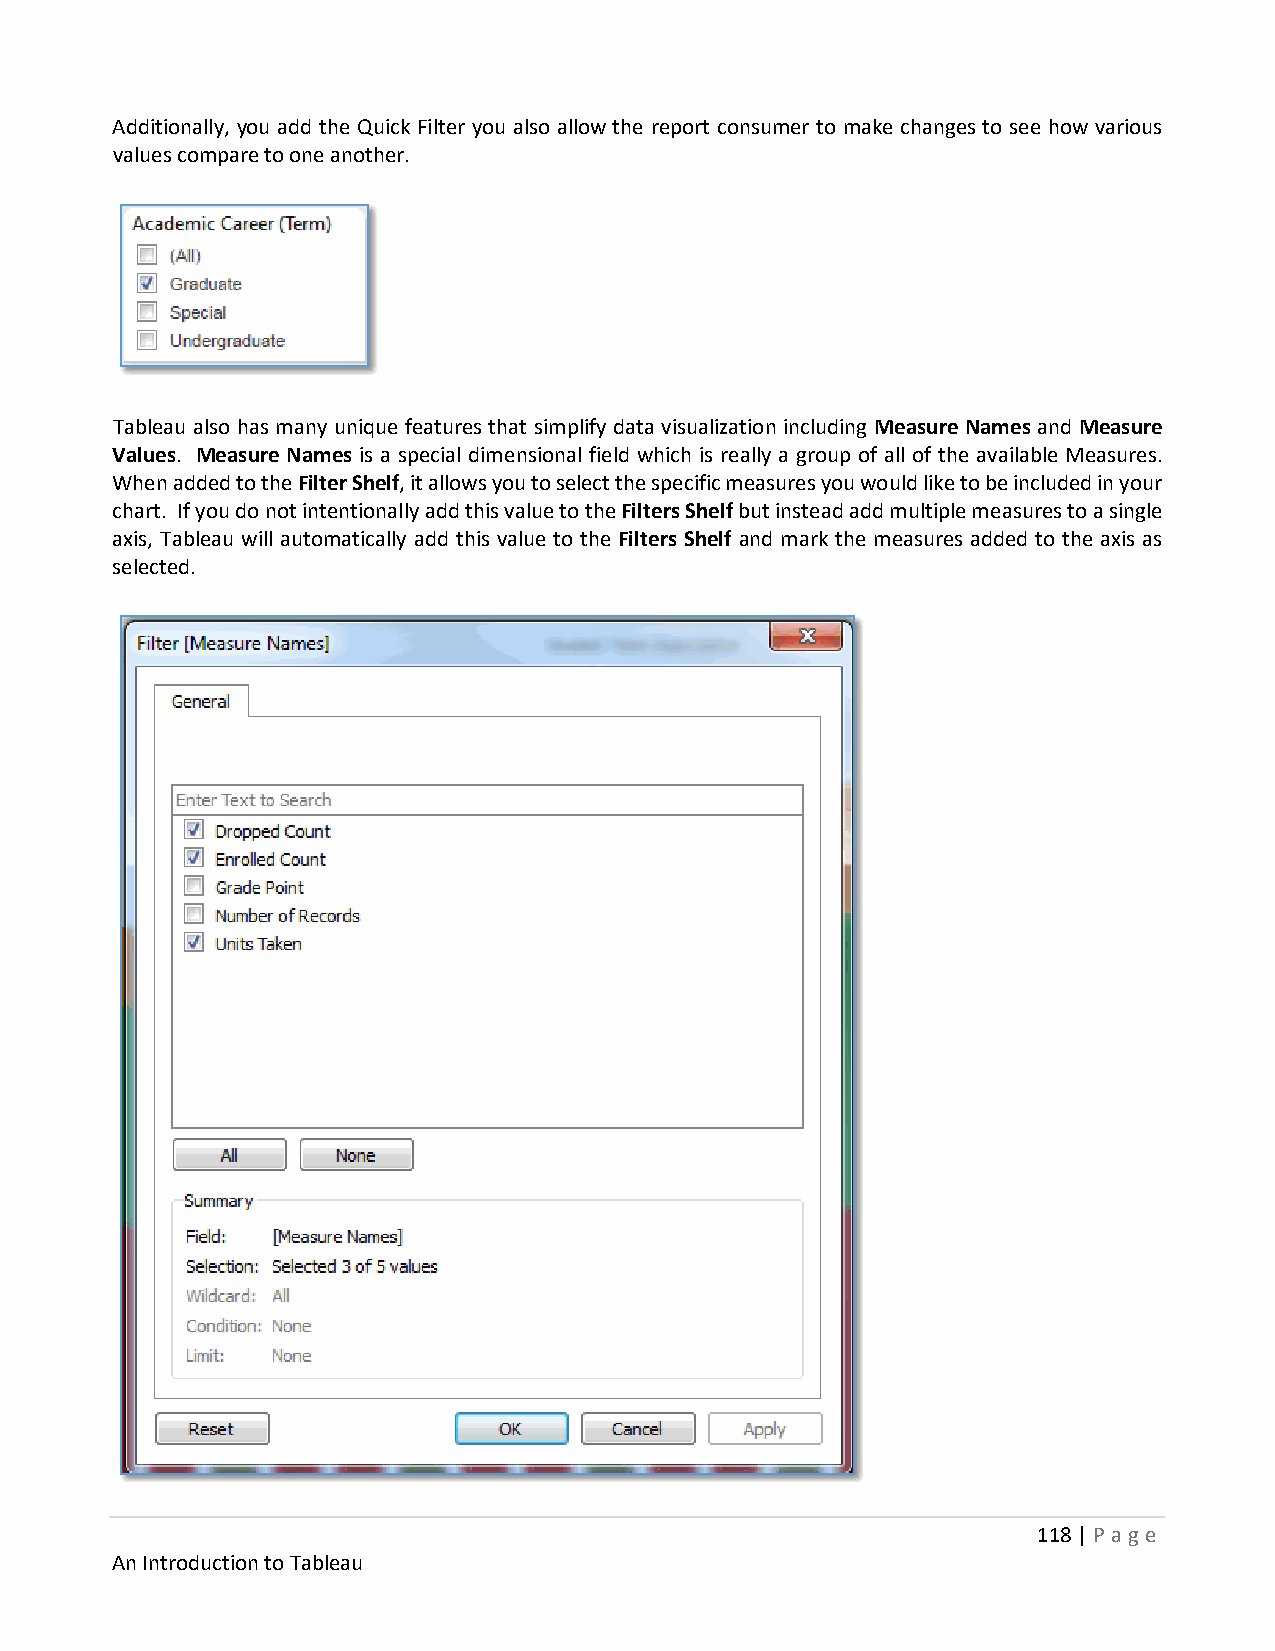
Additionally, you add the Quick Filter you also allow the report consumer to make changes to see how various
 values compare to one another.
 Tableau also has many unique features that simplify data visualization including Measure Names and Measure
 Values. Measure Names is a special dimensional field which is really a group of all of the available Measures.
 When added to the Filter Shelf, it allows you to select the specific measures you would like to be included in your
 chart. If you do not intentionally add this value to the Filters Shelf but instead add multiple measures to a single
 axis, Tableau will automatically add this value to the Filters Shelf and mark the measures added to the axis as
 selected.
 118 | P age
 An Introduction to Tableau